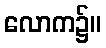
လောက၌။